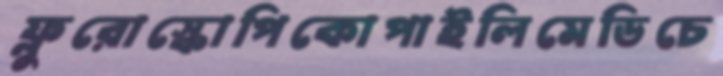
ফ্লুরোস্কোপিকোপাইলিমেডিচে